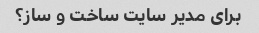
برای مدیر سایت ساخت و ساز؟